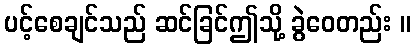
ပင့်စေချင်သည် ဆင်ခြင်ဤသို့ ခွဲဝေတည်း ။